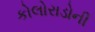
કોલોરાડોની